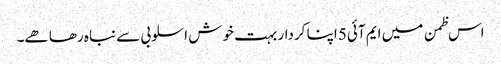
اس ظمن میں ایم آئی5 اپنا کردار بہت خوش اسلوبی سے نباہ رھا ھے۔